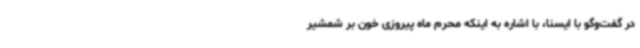
در گفت‌وگو با ایسنا، با اشاره به اینکه محرم ماه پیروزی خون بر شمشیر